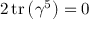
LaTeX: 2 \operatorname { t r } \left( \gamma ^ { 5 } \right) = 0